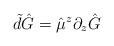
\begin{align*}\tilde d \hat G = \hat{\mu}^z\partial_z\hat G\end{align*}